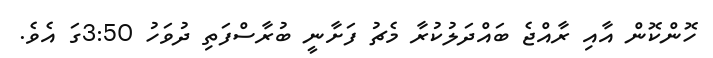
ހޮންކޮން އާއި ރާއްޖެ ބައްދަލުކުރާ މެޗު ފަށާނީ ބުރާސްފަތި ދުވަހު 3:50ގަ އެވެ.